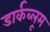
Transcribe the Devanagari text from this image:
डार्कब्लूम